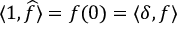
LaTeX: \langle 1 , { \widehat { f } } \rangle = f ( 0 ) = \langle \delta , f \rangle